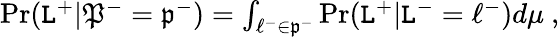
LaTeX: \begin{array}{r}{\operatorname*{Pr}(\mathtt{L}^{+}|\mathfrak{P}^{-}=\mathfrak{p}^{-})=\int_{\ell^{-}\in\mathfrak{p}^{-}}\operatorname*{Pr}(\mathtt{L}^{+}|\mathtt{L}^{-}=\ell^{-})d\mu~,}\end{array}